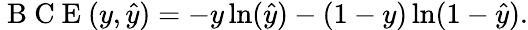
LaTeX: \mathrm{~B~C~E~}(y,\hat{y})=-y\ln(\hat{y})-(1-y)\ln(1-\hat{y}).